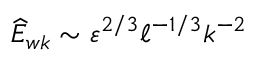
\widehat { E } _ { w k } \sim \varepsilon ^ { 2 / 3 } \ell ^ { - 1 / 3 } k ^ { - 2 }